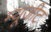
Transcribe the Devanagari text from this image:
म्यूजीट